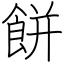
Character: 餅